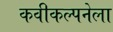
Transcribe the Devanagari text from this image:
कवीकल्पनेला